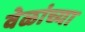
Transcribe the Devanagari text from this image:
वेळांच्या